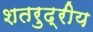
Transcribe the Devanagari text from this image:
शतरुद्रीय